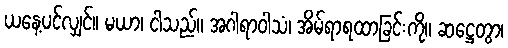
ယနေ့ပင်လျှင်။ မယာ၊ ငါသည်။ အဂါရာဝါသံ၊ အိမ်ရာရထာခြင်းကို။ ဆဋ္ဌေတွာ၊